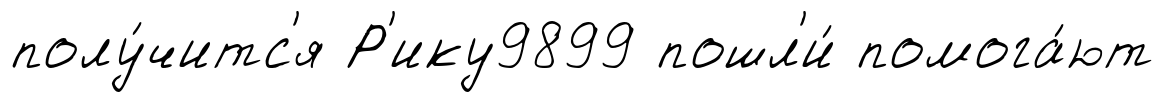
полу́читс'я Р'ику9899 пошл'и́ помога́ют